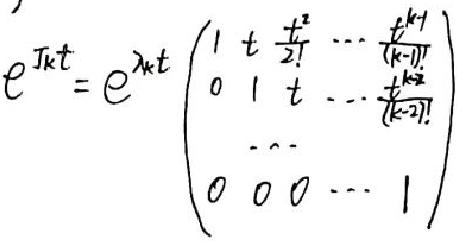
\[
e^{J_k t}=e^{\lambda_k t}
\begin{pmatrix}
1 & t & \frac{t^2}{2!} & \cdots & \frac{t^{k - 1}}{(k - 1)!}\\
0 & 1 & t & \cdots & \frac{t^{k - 2}}{(k - 2)!}\\
& \cdots & & & \\
0 & 0 & 0 & \cdots & 1
\end{pmatrix}
\]